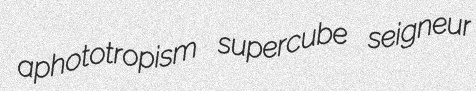
aphototropism supercube seigneur